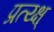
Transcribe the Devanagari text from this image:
प्रत्य्क्ष्